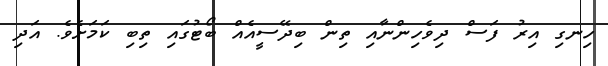
ހިނގި އިރު ފަސް ދިވެހިންނާއި ތިން ބިދޭސީއެއް ބޯޓުގައި ތިބި ކަމަށެވެ. އަދި